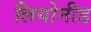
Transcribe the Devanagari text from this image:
लियोनीड